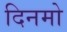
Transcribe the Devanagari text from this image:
दिनमो